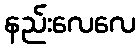
နည်းလေလေ